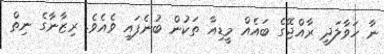
ނާ ހަވާލަދީ ރާއްޖޭގެ ބައެއް މީޑިއާ ތަކުން ބުނެފައި ވެއެވެ. ރިޒާނާގެ ނިތް